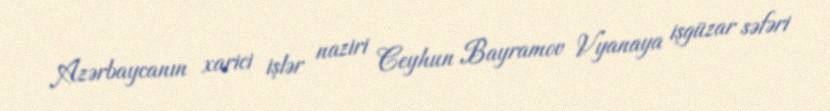
Azərbaycanın xarici işlər naziri Ceyhun Bayramov Vyanaya işgüzar səfəri